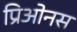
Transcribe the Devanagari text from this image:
प्रिओनस